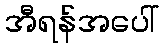
အီရန်အပေါ်